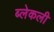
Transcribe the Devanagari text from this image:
ब्लेकली